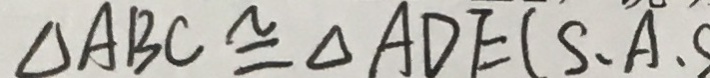
\Delta A B C \cong \Delta A D E ( S . A . S